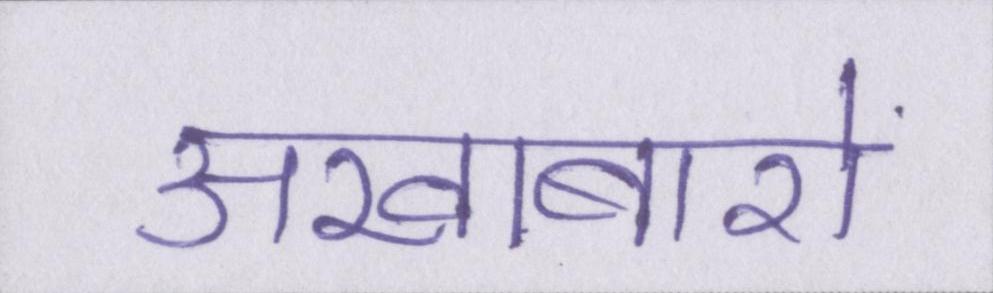
अखाबारो